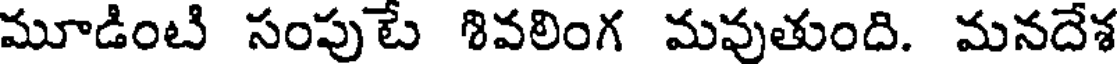
మూడింటి సంపుటే శివలింగ మవుతుంది. మనదేశ